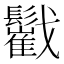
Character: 𩯷